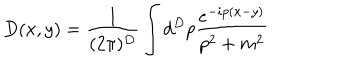
LaTeX: D ( x , y ) = \frac { 1 } { ( 2 \pi ) ^ { D } } \int d ^ { D } p \frac { e ^ { - i p ( x - y ) } } { p ^ { 2 } + m ^ { 2 } }